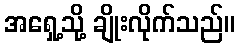
အရှေ့သို့ ချိုးလိုက်သည်။